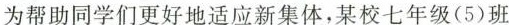
为帮助同学们更好地适应新集体，某校七年级(5)班